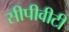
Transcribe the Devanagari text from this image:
सीपीवीटी